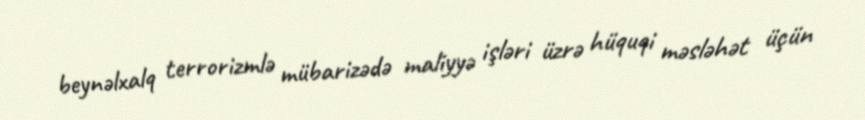
beynəlxalq terrorizmlə mübarizədə maliyyə işləri üzrə hüquqi məsləhət üçün